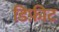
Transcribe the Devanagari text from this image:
डिफ़ीट